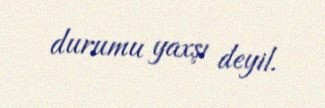
durumu yaxşı deyil.